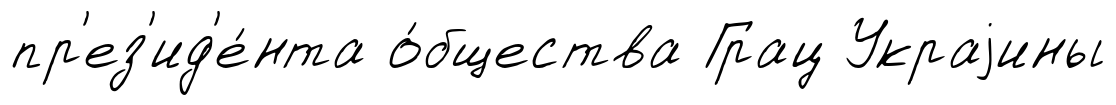
пр'ез'ид'е́нта о́бщества Грац Украjины